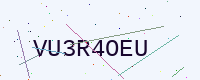
Text: VU3R4OEU